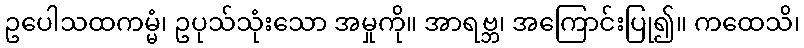
ဥပေါသထကမ္မံ၊ ဥပုသ်သုံးသော အမှုကို။ အာရဗ္ဘ၊ အကြောင်းပြု၍။ ကထေသိ၊